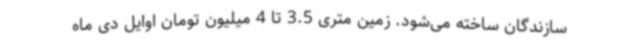
سازندگان ساخته می‌شود. زمین متری 3.5 تا 4 میلیون تومان اوایل دی ماه